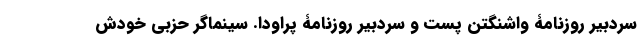
سردبیر روزنامۀ واشنگتن پست و سردبیر روزنامۀ پراودا. سینماگر حزبی خودش